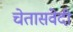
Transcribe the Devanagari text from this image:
चेतासंवेदी